Elephants and their diseases
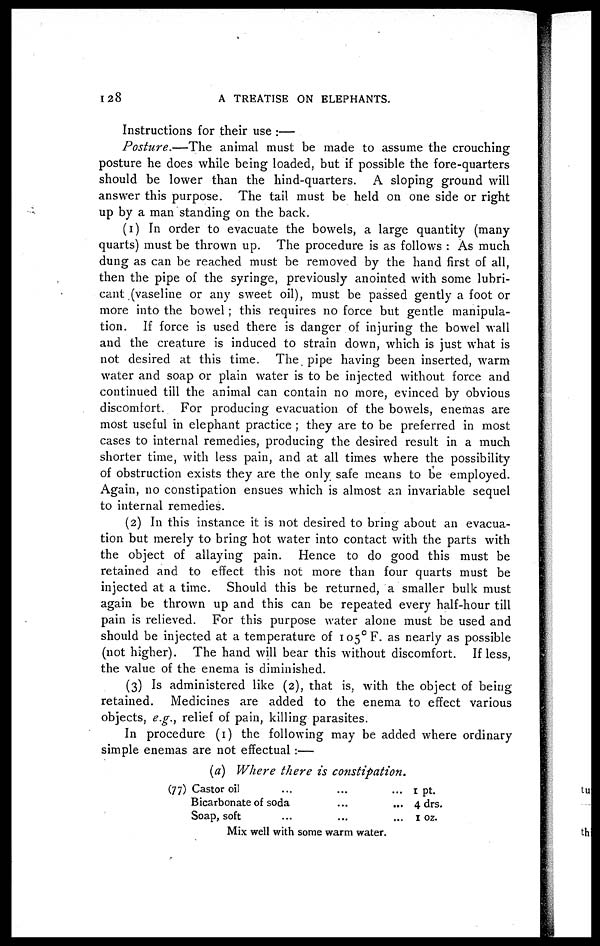
128
A TREATISE ON ELEPHANTS.
Instructions for their use :—
Posture.—The
animal must be made to assume the crouching
posture he does while being loaded, but if possible the fore-quarters
should be lower than the hind-quarters. A sloping ground will
answer this purpose. The tail must be held on one side or right
up by a man standing on the back.
(1) In order to evacuate the bowels, a large quantity (many
quarts) must be thrown up. The procedure is as follows : As much
dung as can be reached must be removed by the hand first of all,
then the pipe of the syringe, previously anointed with some lubri-
cant (vaseline or any sweet oil), must be passed gently a foot or
more into the bowel; this requires no force but gentle manipula-
tion. If force is used there is danger of injuring the bowel wall
and the creature is induced to strain down, which is just what is
not desired at this time. The pipe having been inserted, warm
water and soap or plain water is to be injected without force and
continued till the animal can contain no more, evinced by obvious
discomfort. For producing evacuation of the bowels, enemas are
most useful in elephant practice ; they are to be preferred in most
cases to internal remedies, producing the desired result in a much
shorter time, with less pain, and at all times where the possibility
of obstruction exists they are the only safe means to be employed.
Again, no constipation ensues which is almost an invariable sequel
to internal remedies.
(2) In this instance it is not desired to bring about an evacua-
tion but merely to bring hot water into contact with the parts with
the object of allaying pain. Hence to do good this must be
retained and to effect this not more than four quarts must be
injected at a time. Should this be returned, a smaller bulk must
again be thrown up and this can be repeated every half-hour till
pain is relieved. For this purpose water alone must be used and
should be injected at a temperature of 105°F. as nearly as possible
(not higher). The hand will bear this without discomfort. If less,
the value of the enema is diminished.
(3) Is administered like (2), that is, with the object of being
retained. Medicines are added to the enema to effect various
objects, e.g., relief of pain, killing parasites.
In procedure (1) the following may be added where ordinary
simple enemas are not effectual :—
(a) Where there is constipation.
(77) Castor
oil......
Bicarbonate of
soda......
Soap,
soft......
1 pt.
4 drs.
1 oz.
Mix well with some warm water.